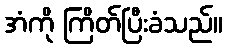
အံကို ကြိတ်ပြီးခံသည်။